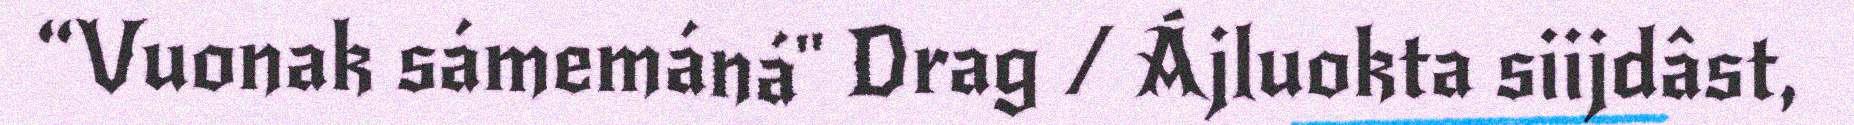
“Vuonak sámemáná" Drag / Ájluokta siijdâst,